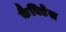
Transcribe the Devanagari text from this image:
कैविडेस